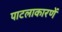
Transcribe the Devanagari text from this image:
पाटलाकारणें